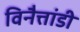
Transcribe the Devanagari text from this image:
विनैत्तांडी